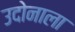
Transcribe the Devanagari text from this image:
उदोनाला